Leaving Certificate Examination, 1910
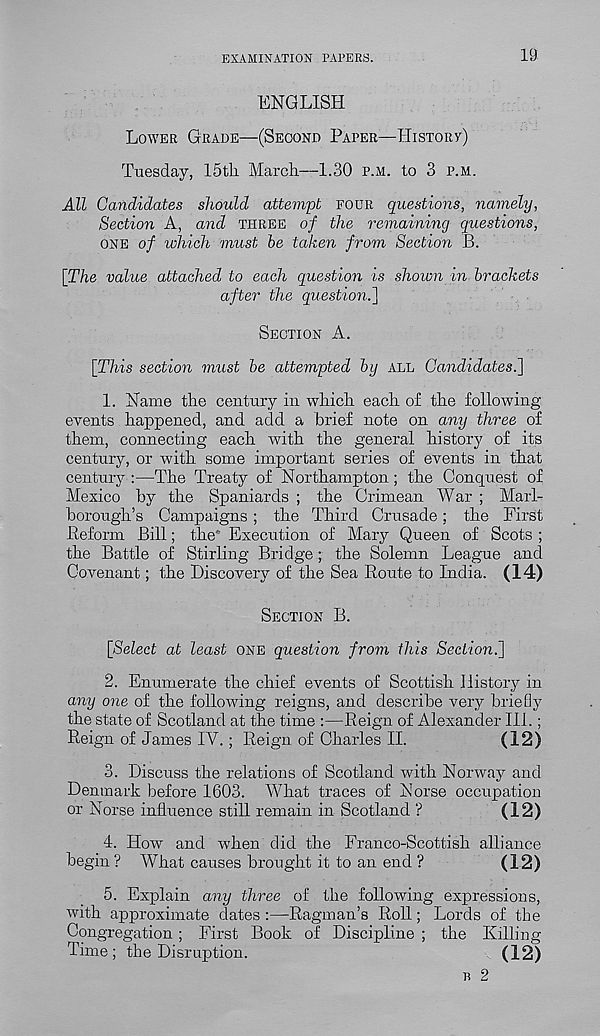
EXAMINATION PAPERS.
10
ENGLISH
LOWER GRADE—(SECOND PAPER—HisxoRy)
Tuesday, 15tli March—1.30 P.M. to 3 P.M.
All Candidates should attempt FOUR questions, namely,
Section A, and THREE of the remaining questions,
ONE of which must be taken from Section B.
[The value attached to each question is shown in brackets
after the question.]
SECTION A.
[This section must be attempted by ALL Candidates.]
1. Name the century in which each of the following
events happened, and add a brief note on any three of
them, connecting each with the general history of its
century, or with some important series of events in that
century:—The Treaty of Northampton; the Conquest of
Mexico by the Spaniards ; the Crimean War ; Marl-
borough’s Campaigns ; the Third Crusade; the First
Reform Bill; the Execution of Mary Queen of Scots ;
the Battle of Stirling Bridge ; the Solemn League and
Covenant; the Discovery of the Sea Route to India. (14)
SECTION B.
[Select at least ONE question from this Section.]
2. Enumerate the chief events of Scottish History in
any one of the following reigns, and describe very briefly
the state of Scotland at the time :—Reign of Alexander III.;
Reign of James IV. ; Reign of Charles II.
(12)
3. Discuss the relations of Scotland with Norway and
Denmark before 1603. What traces of Norse occupation
or Norse influence still remain in Scotland ?
(12)
4. How and when did the Franco-Scottish alliance
begin ? What causes brought it to an end ?
(12)
5. Explain any three of the following expressions,
with approximate dates :—Ragman’s Roll; Lords of the
Congregation ; First Book of Discipline ; the Killing
Time; the Disruption.
(12)
B 2